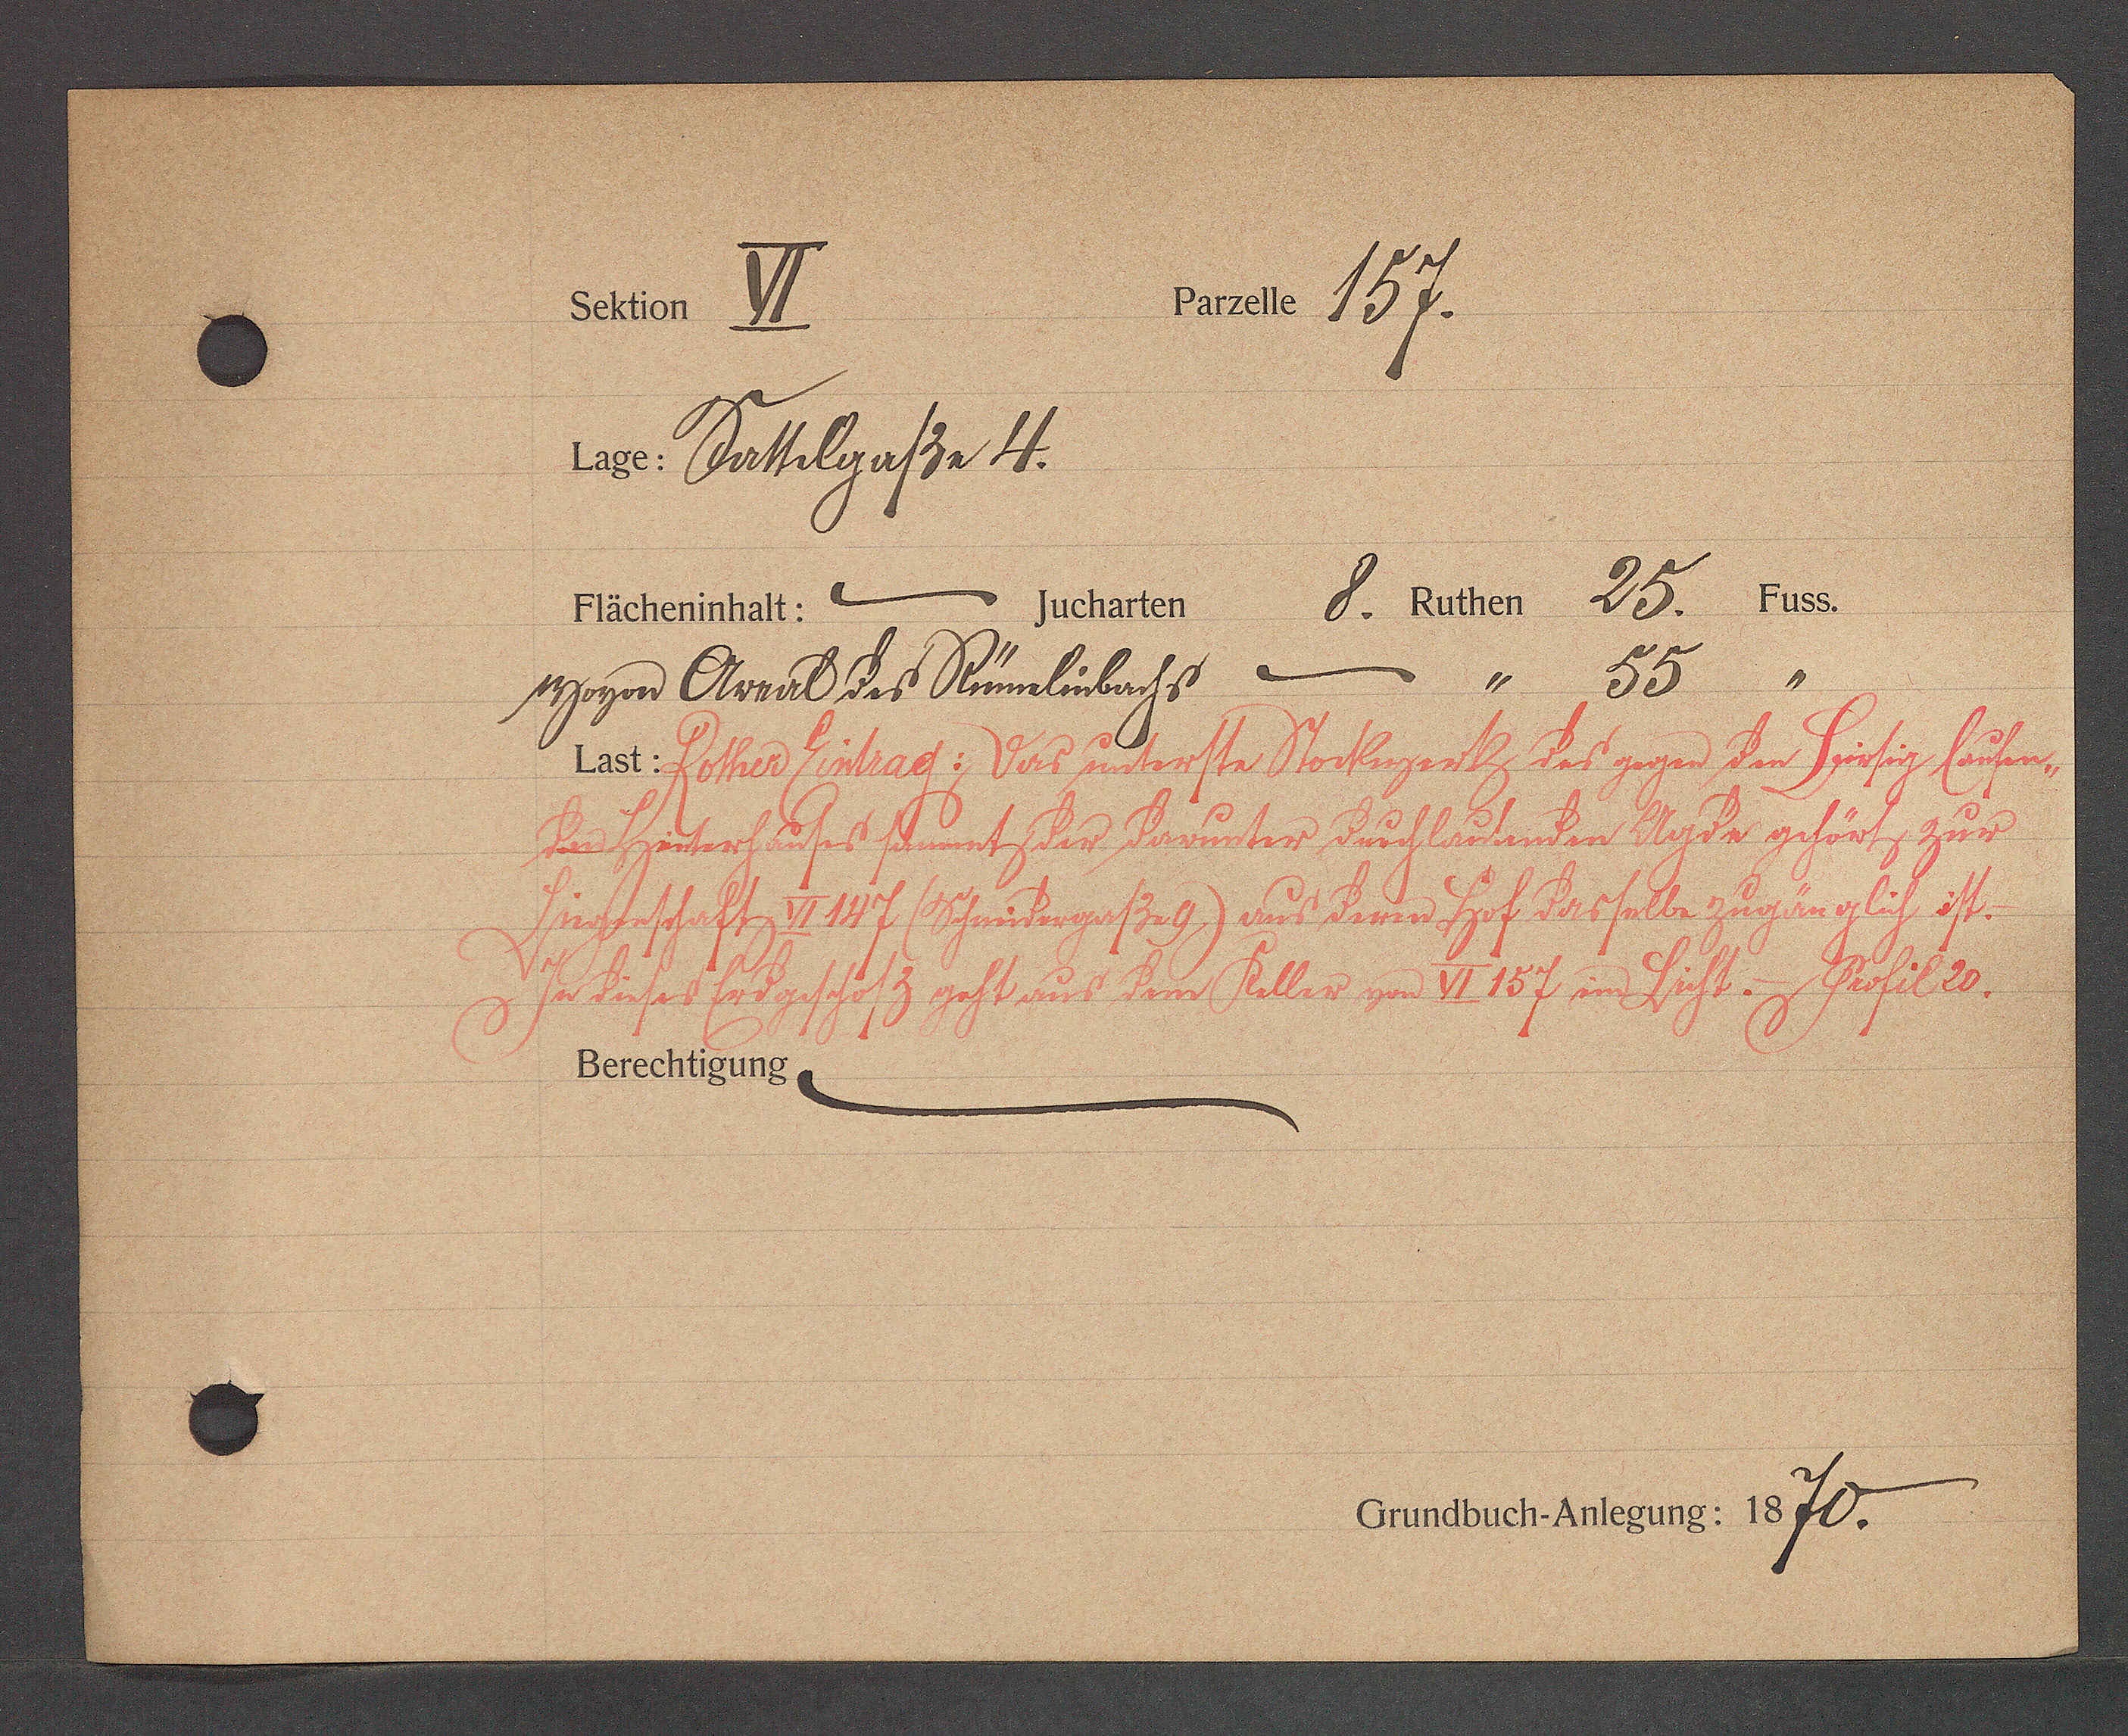
Transcript:
Sehter V.

5

Pärzele 13 ℔-

age. Bathleraszn 4.
v

2

11